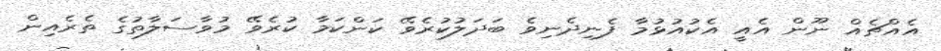
އެއްޗެއް ނޫން އެއީ އެކުއުޅުމާ ފެނިދެނިވެ ބަދަލުކުރެވޭ ކަންކަމާ ކުރެވޭ މުވާސަލާތުގެ ތެރެއިން